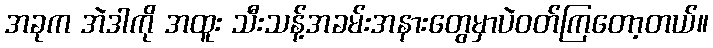
အခုက အဲဒါကို အထူး သီးသန့်အခမ်းအနားတွေမှာပဲဝတ်ကြတော့တယ်။